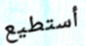
أستطيع